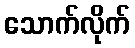
သောက်လိုက်